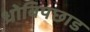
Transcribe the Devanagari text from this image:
धोबिपछाड